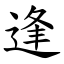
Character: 逢